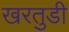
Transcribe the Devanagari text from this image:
खरतुडी